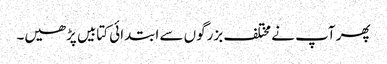
پھر آپ نے مختلف بزرگوں سے ابتدائی کتابیں پڑھیں۔